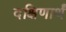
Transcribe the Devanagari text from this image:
दक्षिणार्थं